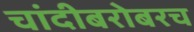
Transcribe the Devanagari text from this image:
चांदीबरोबरच